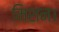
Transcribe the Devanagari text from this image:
मिशन।